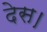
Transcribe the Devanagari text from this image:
देस।